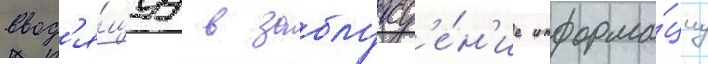
ввод'я́щуу в заблужд'е́н'ие информа́циу